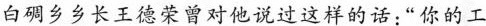
白碉乡乡长王德荣曾对他说过这样的话:“你的工